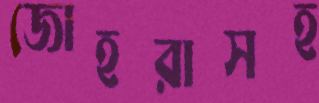
জোহরাসহ